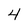
Character: 4